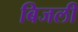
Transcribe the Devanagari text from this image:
बिजली